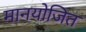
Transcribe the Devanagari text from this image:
मानयोजित